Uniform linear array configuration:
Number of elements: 16
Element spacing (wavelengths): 0.5
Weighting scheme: uniform
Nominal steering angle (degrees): -45
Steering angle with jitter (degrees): -44.252
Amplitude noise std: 0.05
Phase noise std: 0.05

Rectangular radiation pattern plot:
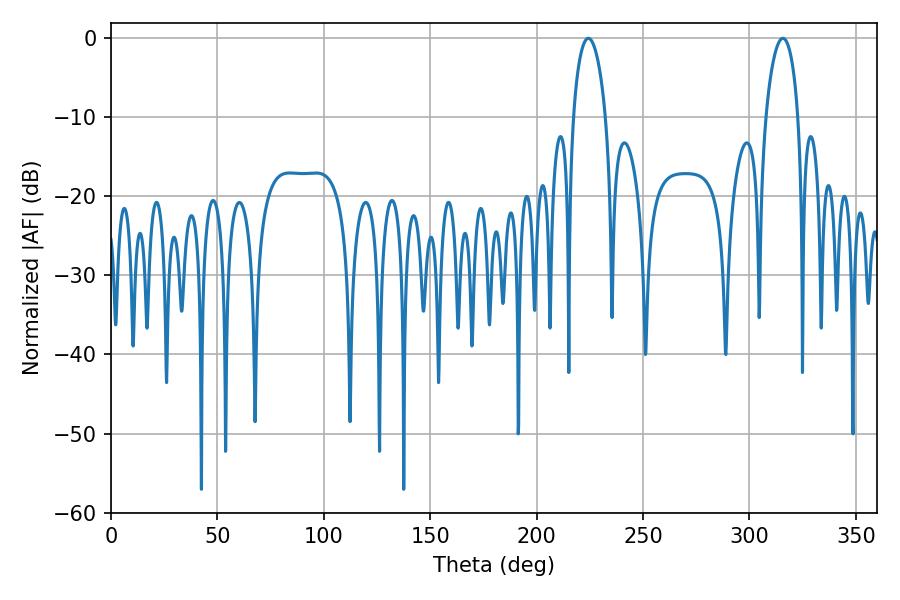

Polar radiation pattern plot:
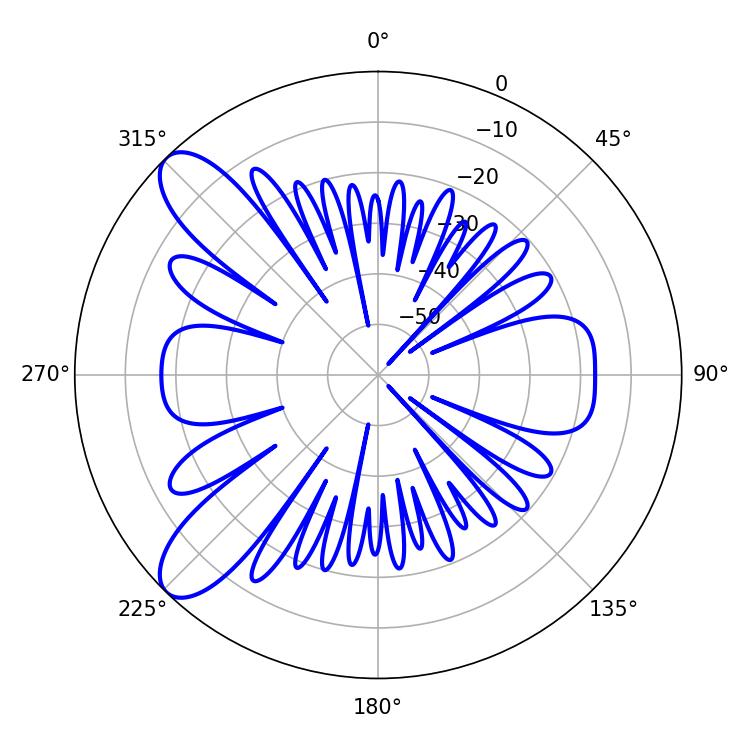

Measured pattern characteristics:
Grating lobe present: FALSE
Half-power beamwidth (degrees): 8.64
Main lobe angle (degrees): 224.28